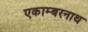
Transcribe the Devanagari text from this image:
एकाम्बरनाथ